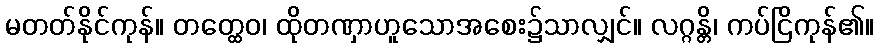
မတတ်နိုင်ကုန်။ တတ္ထေဝ၊ ထိုတဏှာဟူသောအစေး၌သာလျှင်။ လဂ္ဂန္တိ၊ ကပ်ငြိကုန်၏။